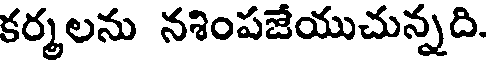
కర్మలను నశింపజేయుచున్నది.